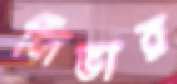
লিভার